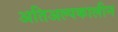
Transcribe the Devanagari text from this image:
अतिअल्पकालीन